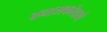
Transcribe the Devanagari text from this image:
बनासकांठाचे